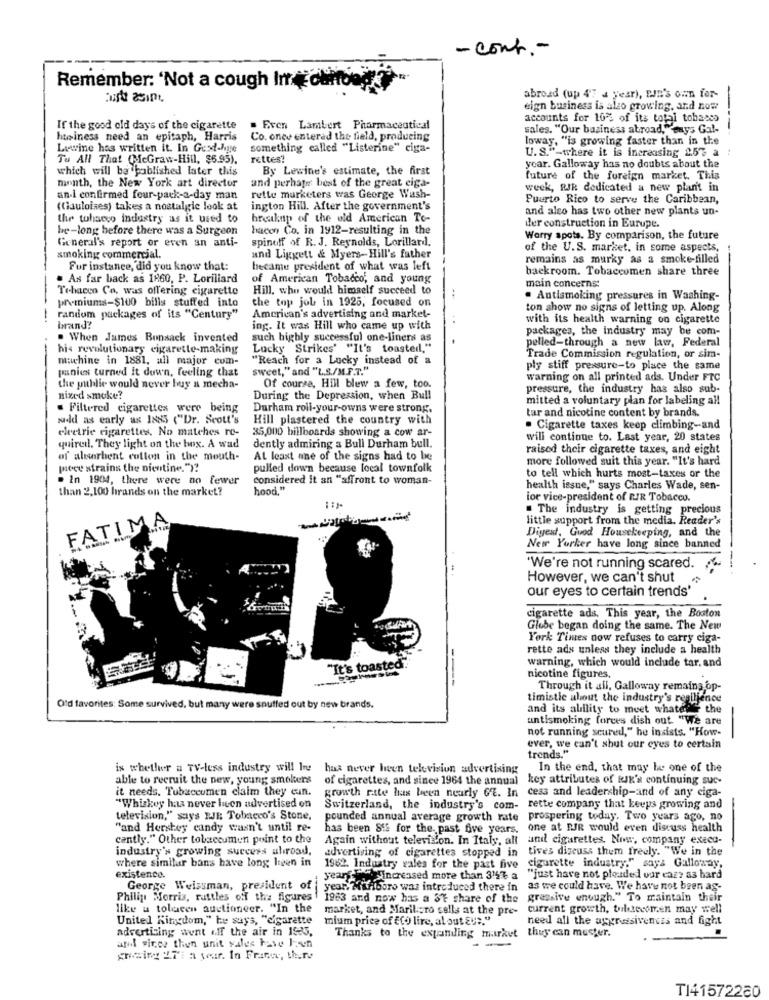
- cont .-
Remember: 'Not a cough In chifood ?
abroad (up 4'7 4 year), EJn'S own for-
eign business is also growing, and now
accounts for 10% of its total tobacco
If the good old days of the cigarette
. Even Lambert Pharmaceutical
sales. "Our basiness abroad,Konys Gal-
----
husiness need an epitaph, Harris
Co. once entered the field, producing
loway, "is growing faster than in the
Lewine has written it. In Gexl-Age
something called "Listerine" ciga-
U.S."-where it is increasing 2.5% a
Tu All That (McGraw-Hill, $5.95).
rettes?
which will be published later this
By Lewine's estimate, the first
year. Galloway has no doubts about the
and perhaps best of the great eiga-
future of the foreign market. This
month, the New York art director
week, RIR dedicated a new plan't in
an-l confirmed four-pack-a-day man
rette marketers was George Wash-
Puerto Rico to serve the Caribbean,
(Gauloises) takes a nostalgic look at
ington Hill. After the government's
and also has two other new plants un-
the tobacco industry as it used to
breaknp of the old American To-
der construction in Eurupe.
be-long before there was a Surgeon
hacen Co. in 1912-resulting in the
General's report or even an anti-
spinoff of R. J. Reynolds, Lorillard.
Worry spots. By comparison, the future
of the U.S. market, in some aspects,
smoking commercial.
and Liggett & Myers-Hill's father
remains as murky as a smoke-filled
For instance, did you know that:
became president of what was left
backroom. Tobaccomen share three
. As far back as 1860, P. Lorillard
of American Tobacco, and young
Tehaceo Co. was offering cigarette
Hill, who would himself succeed to
main concerns:
premiums-$100 bills stuffed into
the top job in 1925, focused on
. Antismoking pressures in Washing-
ton show no signs of letting up. Along
random packages of its "Century"
American's advertising and market-
with its health warning on cigarette
brand?
ing. It was Hill who came up with
packages, the industry may be com-
. When James Bonsack invented
such highly successful one-liners as
pelled-through a new law, Federal
his revolutionary cigarette-making
Lucky Strikes' "It's toasted,"
machine in 1881, all major com-
"Reach for a Lucky instead of a
Trade Commission regulation, or sim-
panies turned it down, feeling that
sweet," and "L.S./M.F.T."
ply stiff pressure-to place the same
warning on all printed ads. Under FTC
the public would never buy a mecha-
Of course, Hill blew a few, too.
pressure, the industry has also sub-
nixed smoke?
During the Depression, when Bull
mitted a voluntary plan for labeling all
Filtered cigarettes were being
Durham roll-your-owns were strong.
tar and nicotine content by brands.
judd as early as 1885 ("Dr. Scott's
Hill plastered the country with
electrie cigarettes. No matches re-
35,000 billboards showing a cow ar-
. Cigarette taxes keep climbing-and
will continue to. Last year, 20 states
quireil. They light on the box. A wad
dently admiring a Bull Durham bull.
raised their cigarette taxes, and eight
of alssorbent cotton in the mouth-
At least one of the signs had to be
more followed suit this year. "It's hard
pece strains the nicotine.")?
pulled down because focal townfolk
. In 1904, there were no fewer
considered it an "affront to woman-
to tell which hurts most-taxes or the
than 2,100 hrands on the market?
hood."
health issue," says Charles Wade, sen-
ior vice-president of RIR Tobacco.
. The industry is getting precious
FATIMA
little support from the media. Reader's
Digest, Good Housekeeping, and the
New Yorker have long since banned
"We're not running scared. ..
However, we can't shut
our eyes to certain trends'
cigarette ads, This year, the Boston
Globe began doing the same. The New
York Times now refuses to carry ciga-
rette ads unless they include a health
"It's toasted"
warning, which would include tar, and
----
nicotine figures,
Through it all, Galloway remains op-
timistic about the industry's resilience
Old favorites: Some survived, but many were snuffed out by new brands.
and its ability to meet whater the
antismoking forces dish out. "We are
not running scured," he insists. "How-
-
ever, we can't shut our eyes to certain
trends."
is whether a TV-less industry will I
has never been television advertising
In the end, that may be one of the
able to recruit the new, young smokers
of cigarettes, and since 1964 the annual key attributes of Rik's continuing suc-
it needs. Tubaccumen claim they cun.
growth rate has been nearly GE. In ceas and leadership-and of any ciga-
"Whiskey has never licen advertised on
Switzerland, the industry's com-
rette company that keeps growing and
-
television," says EJE Tobacco's Stone,
pounded annual average growth rate prospering today. Two years ago, no
"and Hershey candy wasn't until re-
has been Sis for the. past five years.
one at EJR would even discuss health
cantly." Other tobaecumen point to the
Again without television. In Italy, alt
and cigarettes. Nor, company execu-
industry's growing success abroad,
advertising of cigarettes stopped in
tives discuss them freely. "We in the
where similar bans have long legen in
1962. Industry gales for the past five cigarette industry." says Galloway,
existence.
years . Tincreased more than 315% a
"just have not pleaded our caz? as hard
George Weissman, president of
year. Marlboro was introduced there in
as we could have. We have not been ag-
Philip Morris, rattles off the figures
1983 and now has a 3% share of the grassive enough." To maintain their
like u tolucen auctioneer. "In the
market, and Marilicro sells at the pre-
current growth, tultecomen may well
United Kingdom," he says, "cigarette
mium price of ffo lire, al out Et."
need all the aggressiveness and fight
advertising went off the air in 1935,
Thanks to the expanding market thuy can muster.
and sites thyn unit wales hose Joen
Ansing IT: a year. In Frine, Ih.r.
TI41572280